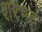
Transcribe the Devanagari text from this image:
शरभङ्ग